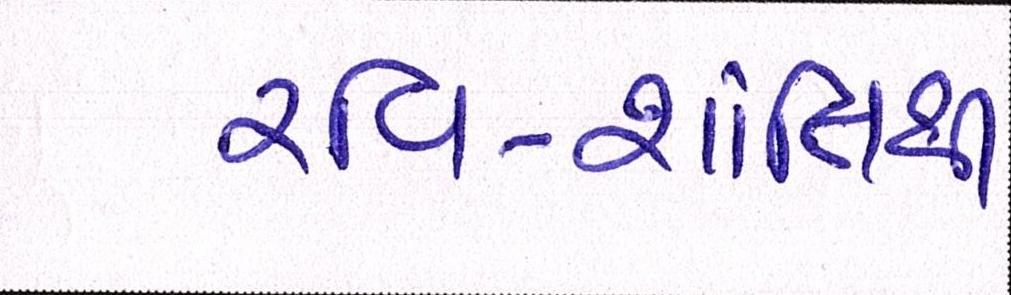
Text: રવિ-શાંતિથી